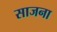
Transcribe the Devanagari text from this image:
साजना